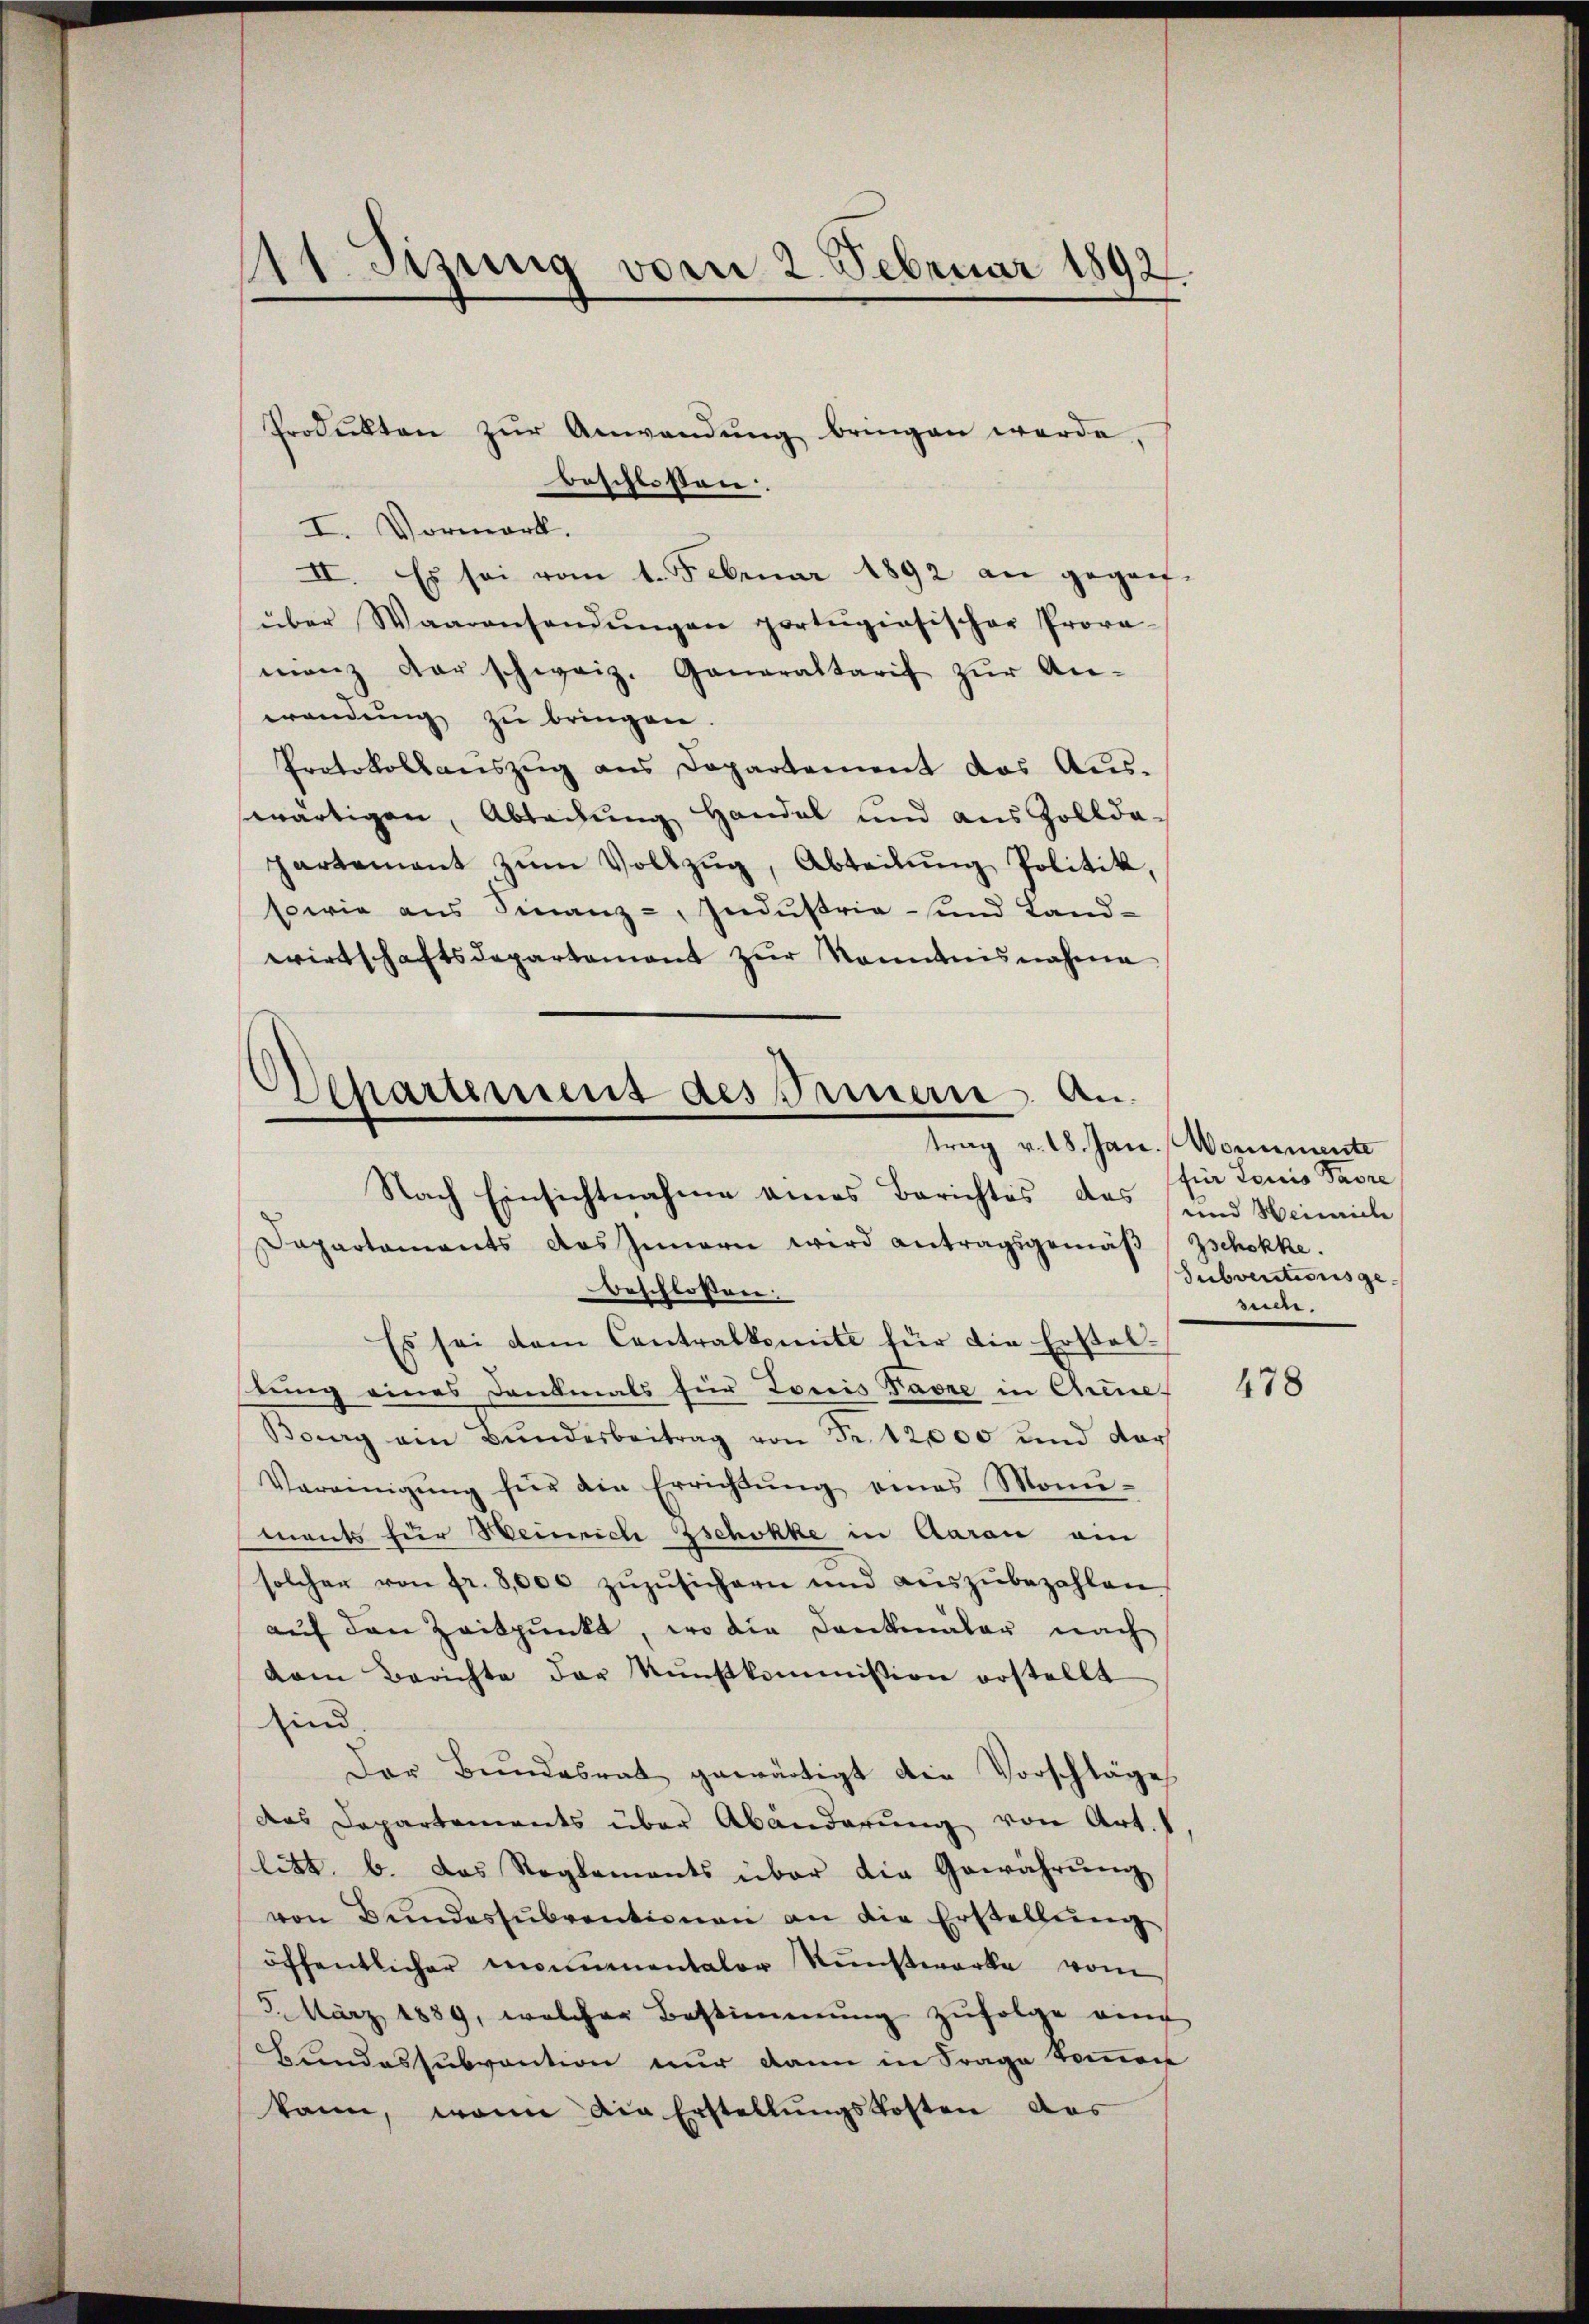
111. Sizung vom 2. Februar 1892.

Produkten zŭr Anwendŭng bringen werde.
beschlossen.
I. Vormark.
II. Es sei vom 1. Februar 1892 an gegen-
über Waarensendŭngen portŭgiosischer Prova-
manz der schweiz. Generaltarif zŭr An-
wendung zu bringen.
Protokollauszug aus Departement das Aus-
wärtigen, Abrechung Handel und aus Zollde-
partement zŭm Vollzŭg, Abteilŭng Politik,
sowie ans Finanz-, Indŭstria - und Land-
wirtschaftsdepartement zŭr Kenntnisnahme
Nach Einsichtnahme eines Berichtes das und Heinrich
Dapartaments das Innern wird antragsgemäβ (Zschokke.
Beschlossen:
Es sei dem Contralkomite für die Ersteltung eines Dankmals für Louis Favre in Chrine,
Bourg ein Bŭndesbeitrag von Fr. 12,000 und dar
Vereinigŭng für ain Errichtŭng eines Mon-
ments für Heinrich Zschokke in Aarau am
solcher von fr. 8000 zŭzŭsichern und aŭszŭbezahlen
aŭf den Zeitpunkt, wo die Dankmäler nach
dem Berichte der Kunstkommission erstellt
sind.
Der Bŭndesrat gewärtigt die Vorschläge
das Departements über Abänderung von Art.
litt. b. das Reglements über die Gewährŭng
von Bŭndessŭbventionen an die Erstellŭng
öffentlicher momenentaler Kunstwerke vom
5. März 1889, welcher Bestimmung zŭfolge auc
Bundessubvention nur dann in Frage kommen
kann, wenn die Erstellŭngskosten das

Departemens des Innern An

trag v. 18. Jan. Vonumente
für Louis Favre
Subventionsgesuche.

478